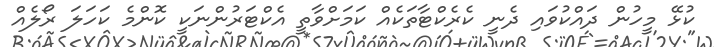
ކުޅޭ މީހުން ދައްކުވައި ދެނީ ކެރެކްޓާތަކެއް ކަމަށްވާތީ އެކްޓަރުންނަކީ ކޮންމެ ކަހަލަ ރޯލެއް